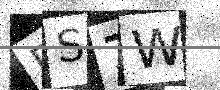
Text: DS7W